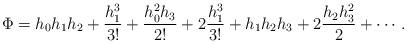
LaTeX: \begin{align*}\Phi=h_{0}h_{1}h_{2}+\frac{h_{1}^{3}}{3!}+\frac{h_{0}^{2}h_{3}}{2!}+2\frac{h_{1}^{3}}{3!}+h_{1}h_{2}h_{3}+2\frac{h_{2}h_{3}^{2}}{2}+\cdots.\end{align*}